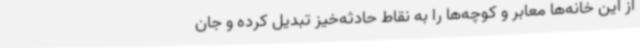
از این خانه‌ها معابر و کوچه‌ها را به نقاط حادثه‌خیز تبدیل کرده و جان